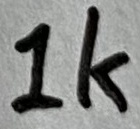
Text: 1K